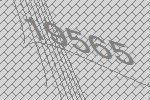
19565